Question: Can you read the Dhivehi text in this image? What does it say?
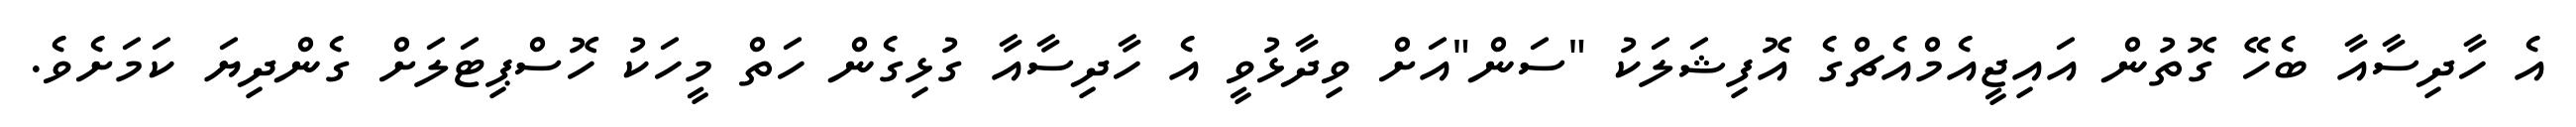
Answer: އެ ހާދިސާއާ ބެހޭ ގޮތުން އައިޖީއެމްއެޗްގެ އޮފިޝަލަކު "ސަން"އަށް ވިދާޅުވީ އެ ހާދިސާއާ ގުޅިގެން ހަތް މީހަކު ހޮސްޕިޓަލަށް ގެންދިޔަ ކަމަށެވެ.